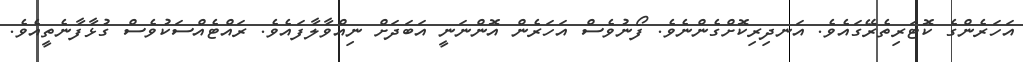
އަހަރެންގެ ކޮޓަރިތެރޭގައެވެ. އަނދިރިކޮށްގެންނެވެ. ފޯނުވެސް އަހަރެން އޮންނަނީ އަބަދަށް ނިއްވާލާފައެވެ. ރައްޓެއްސަކުވެސް ގުޅާފާނެތީއެވެ.